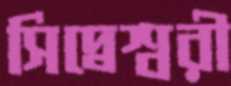
সিদ্বেশ্বরী